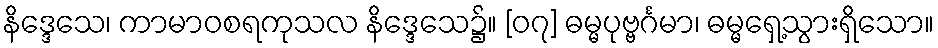
နိဒ္ဒေသေ၊ ကာမာဝစရကုသလ နိဒ္ဒေသေ၌။ [၀၇] ဓမ္မပုဗ္ဗင်္ဂမာ၊ ဓမ္မရှေ့သွားရှိသော။